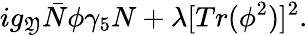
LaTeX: ig_{\mathfrak{Y}}{\bar{{N}}}\phi\gamma_{5}N+\lambda[Tr(\phi^{2})]^{2}.